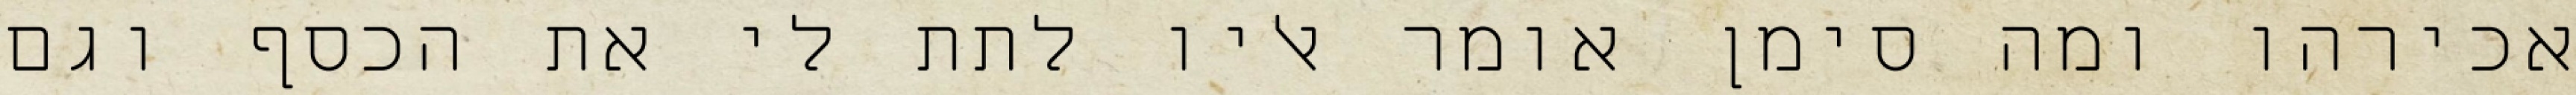
אכירהו ומה סימן אומר אליו לתת לי את הכסף וגם